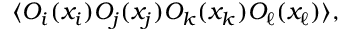
\langle O _ { i } ( x _ { i } ) O _ { j } ( x _ { j } ) O _ { k } ( x _ { k } ) O _ { \ell } ( x _ { \ell } ) \rangle ,